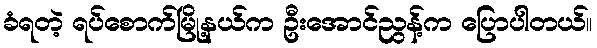
ခံရတဲ့ ရပ်စောက်မြို့နယ်က ဦးအောင်ညွန့်က ပြောပါတယ်။